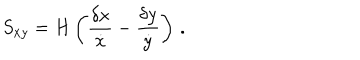
S _ { x y } = H \left( { \frac { \delta { x } } { \dot { x } } } - { \frac { \delta { y } } { \dot { y } } } \right) \, .